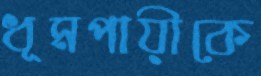
ধূমপায়ীকে